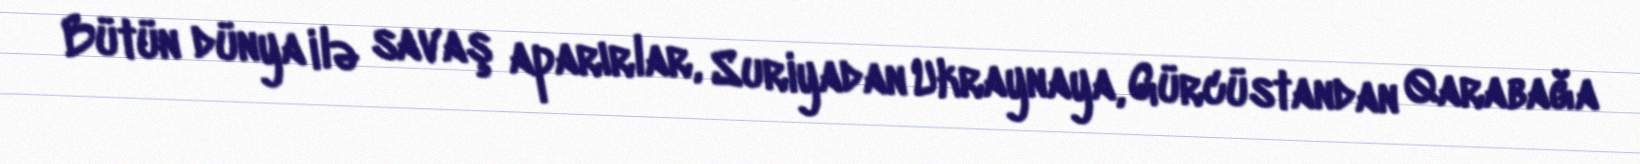
Bütün dünya ilə savaş aparırlar, Suriyadan Ukraynaya, Gürcüstandan Qarabağa